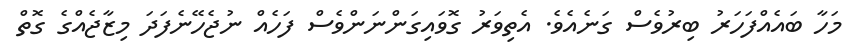
މަހާ ބައެއްފަހަރު ބިރުވެސް ގަނެއެވެ. އެތިވަރު ގޮވައިގަންނަންވެސް ފަހެއް ނުޖެހޭނެފަދަ މިޒާޖެއްގެ ގޮތް